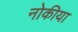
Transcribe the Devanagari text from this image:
नोकीया